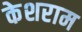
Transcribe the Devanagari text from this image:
केशराम